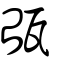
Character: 瓵